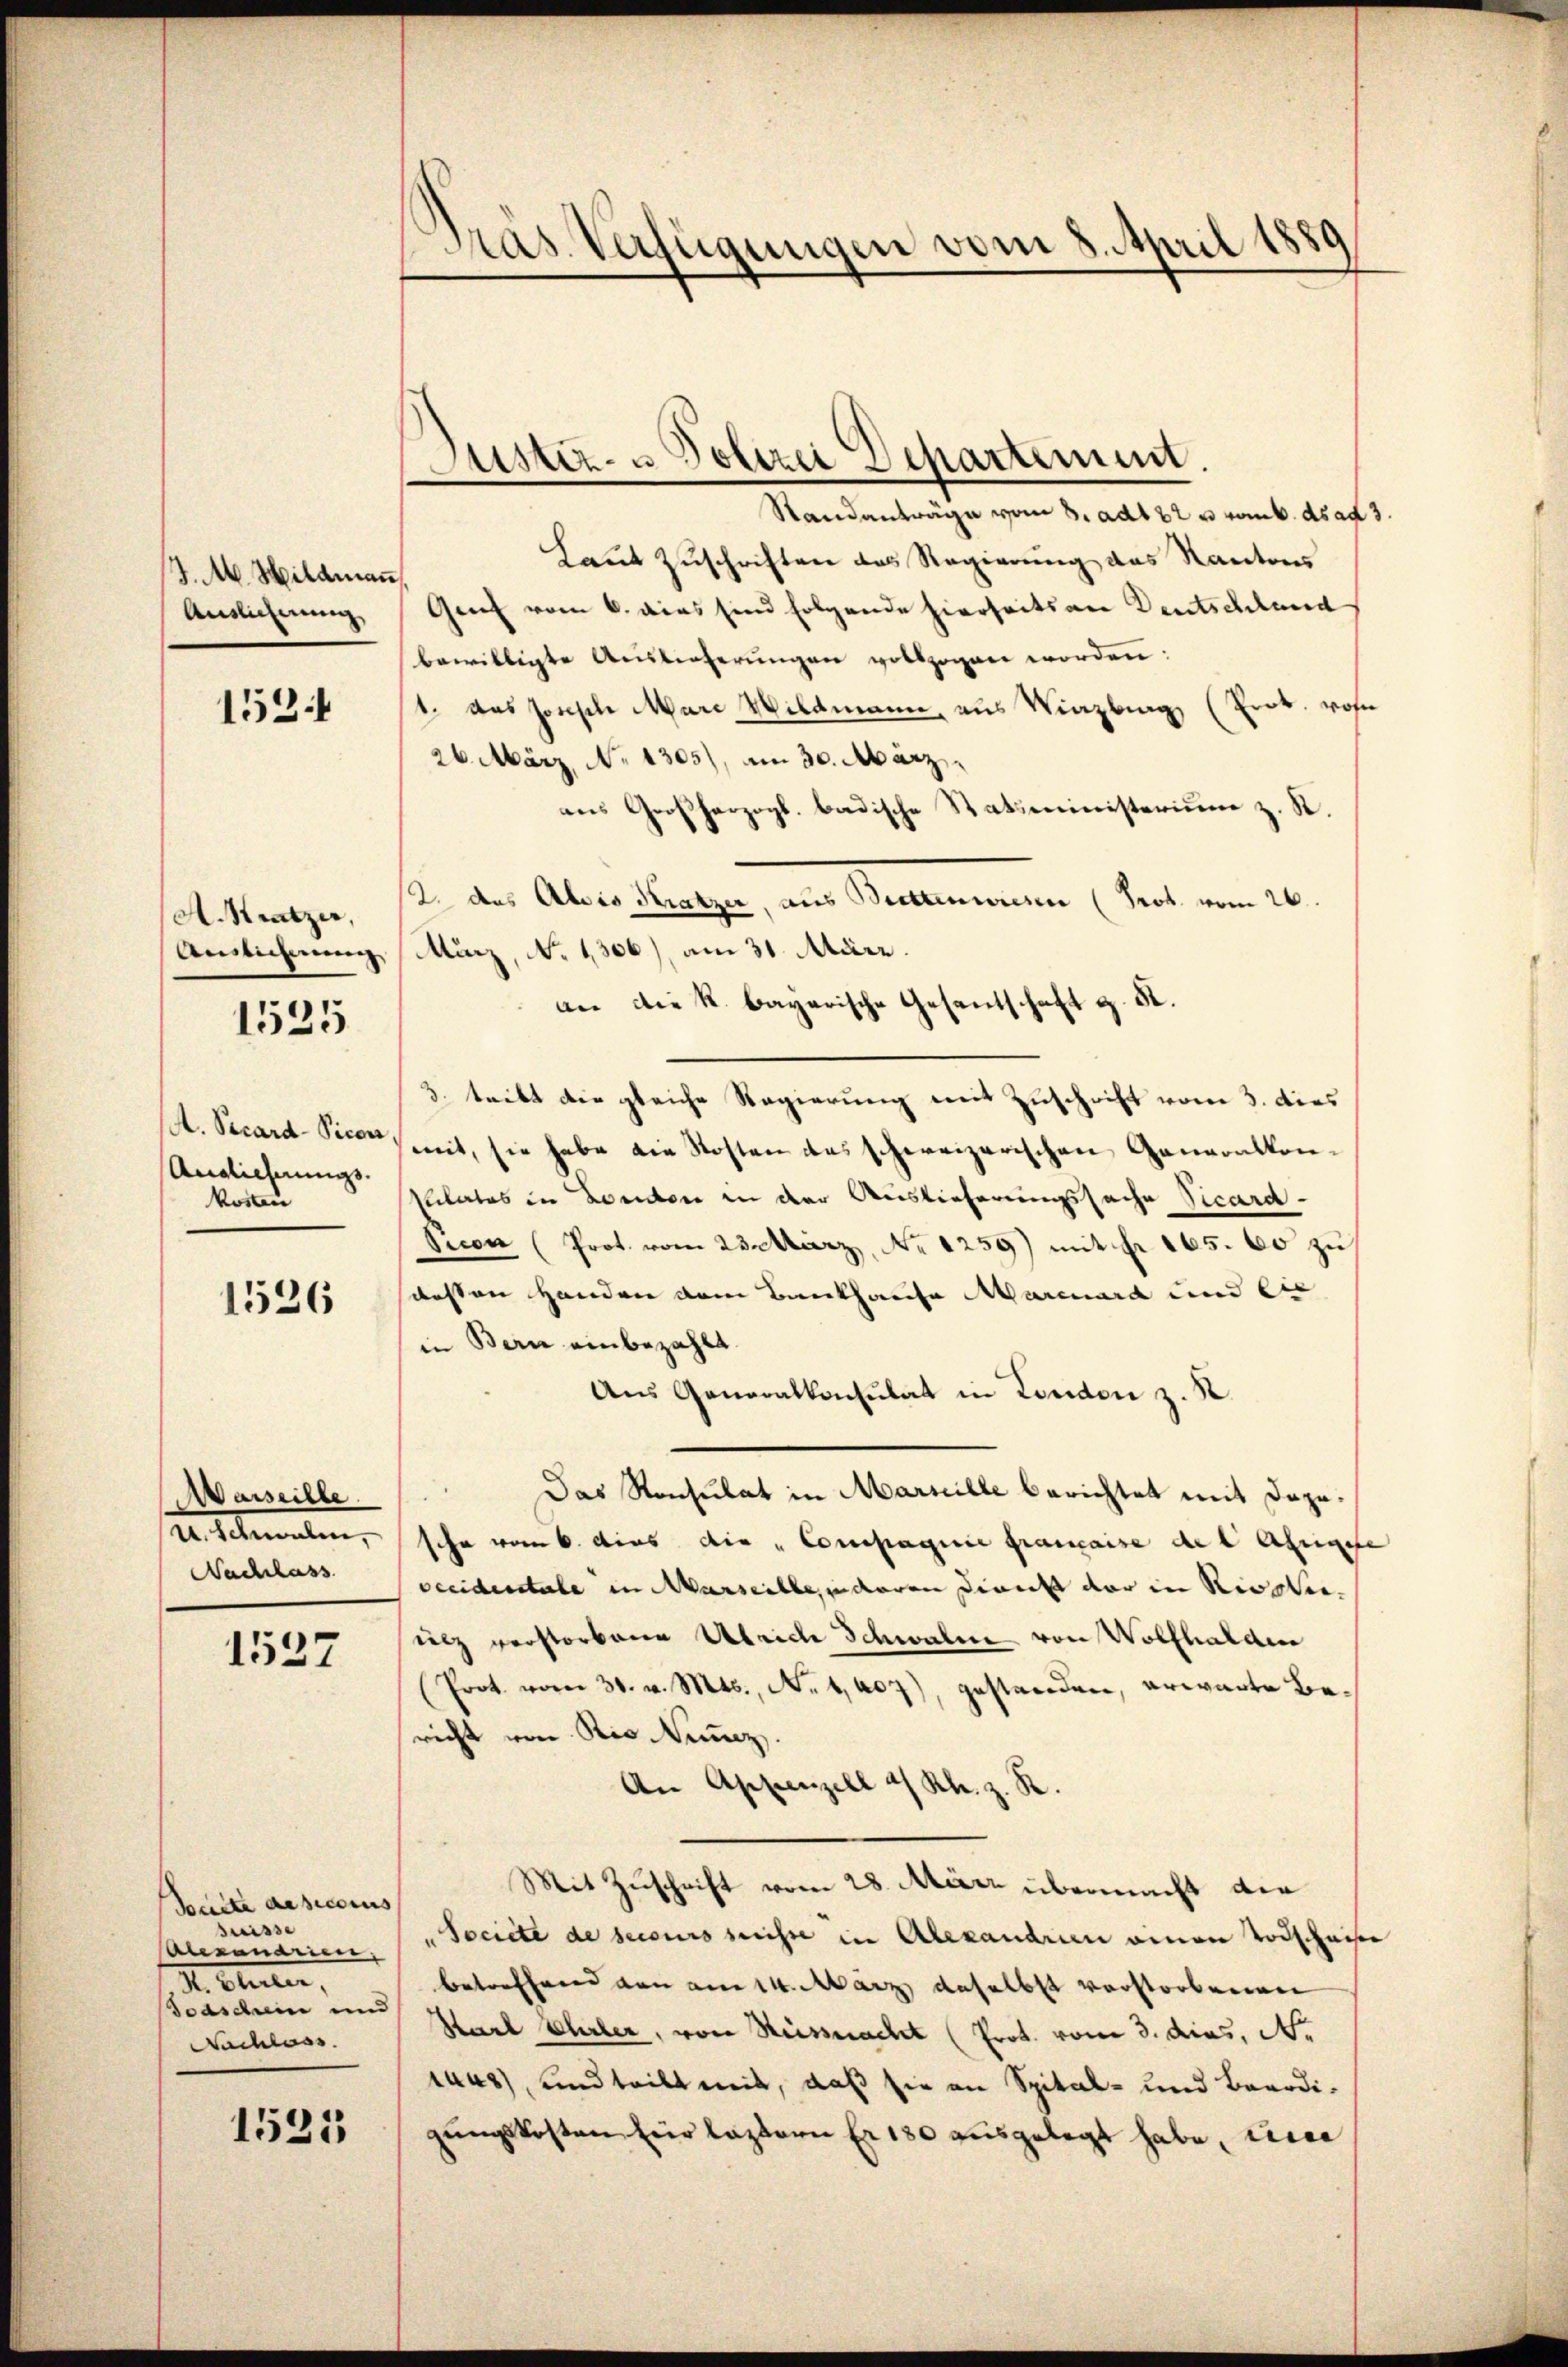
J. M. Hildmann
Auslichnung

1531

A. Kratzer,
Auslicherung

1525

A. Vicard-Vicar,
Auglicherungs-
kosten

1526

Marseille.
2. Petenten,
Nachlass

1537

Saite deseccius
Suisse
Alsananeer
S. Bleuler,
Soaschein und
Nachlass

1525

Pras. Verfügungen vom 8. April 1889

Justiz- & Polizei Departement.

Standanträge vom 8. ad 32 u. vom 6. ds ad 3.
Laut Zuschriften des Regierung des Kantons
Genf vom 6. dies sind folgende hierseits an Deutschland
bewilligte Aŭslieferŭngen vollzogen worden:
1. das Jonische Marc Wildmann, aus Winzburg (Prok. wohn
26. März. No 1305), am 30. März.
ans Großherzogl. badische Statsministerium z. R.
2. das Alois Kratzer, aus Bittenwiesen (Prot. vom 26.
März, No 1306), am 31. März.
an die k. bayerische Gesentschaft z. St.
3. teibt die gleiche Regierung mit Zuschrift vom 3. dies
mit, sie habe die Kosten das schweizerischen Generalkon-
sulates in London in der Auslieferungssache Vicard-
Sicon (Prot. vom 23. März, No 1259) mit fr. 165. 60 zu
desten Handen vom Bankhause Marcuard und die
in Bern einbezahlt.
Aus Generalkonsulat in London z. R
Das Ronsulat in Marzille berichtet mit Daposche vom 6. dies die „Compagnie franaise des Assigese
occidentale in Marseille, inderen Dienst der in Rioglei
icz verstorbene Abrich Schwalde von Wolfhalden
Prot. vom 31. v. Mts., Nr. 1407), gestanden, erwarte Bericht von Rio. Nunz.
An Appenzell a/Rh. z. R
Mit Zuschrift vom 28. März übermacht die
Societe de secours heisse in Alexandrin einen Todschaiser
betreffend den am 14. März daselbst verstorbenen
Karl Ehler, von Reissnacht (Prot. vom 3. dies, N.
1448), und teilt mit, daß sie an Spital- und Beerdigŭngskosten für lastern Er 130 ausgelegt habe, eine